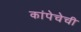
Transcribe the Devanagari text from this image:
कांपेचेची